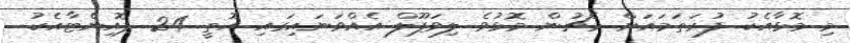
މި މޮޅާއެކު ފުރަތަމައަށް މެޗުން މޮޅުވެ ލިވަޕޫލް އެއްވަނައިގައި އޮތީ 24 ޕޮއިންޓާއެކު